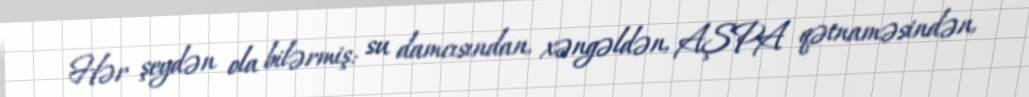
Hər şeydən ola bilərmiş: su damcısından, xəngəldən, AŞPA qətnaməsindən,